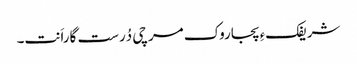
شریفکءِ پجاروک مرچی دُرست گاراَنت۔